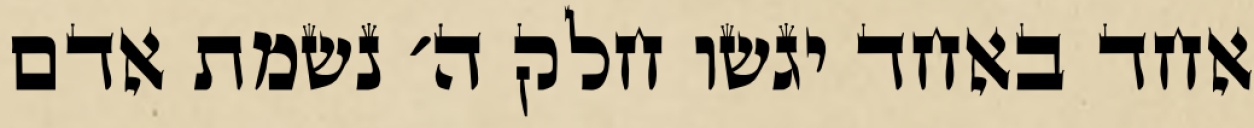
אחד באחד יגשו חלק ה׳ נשמת אדם